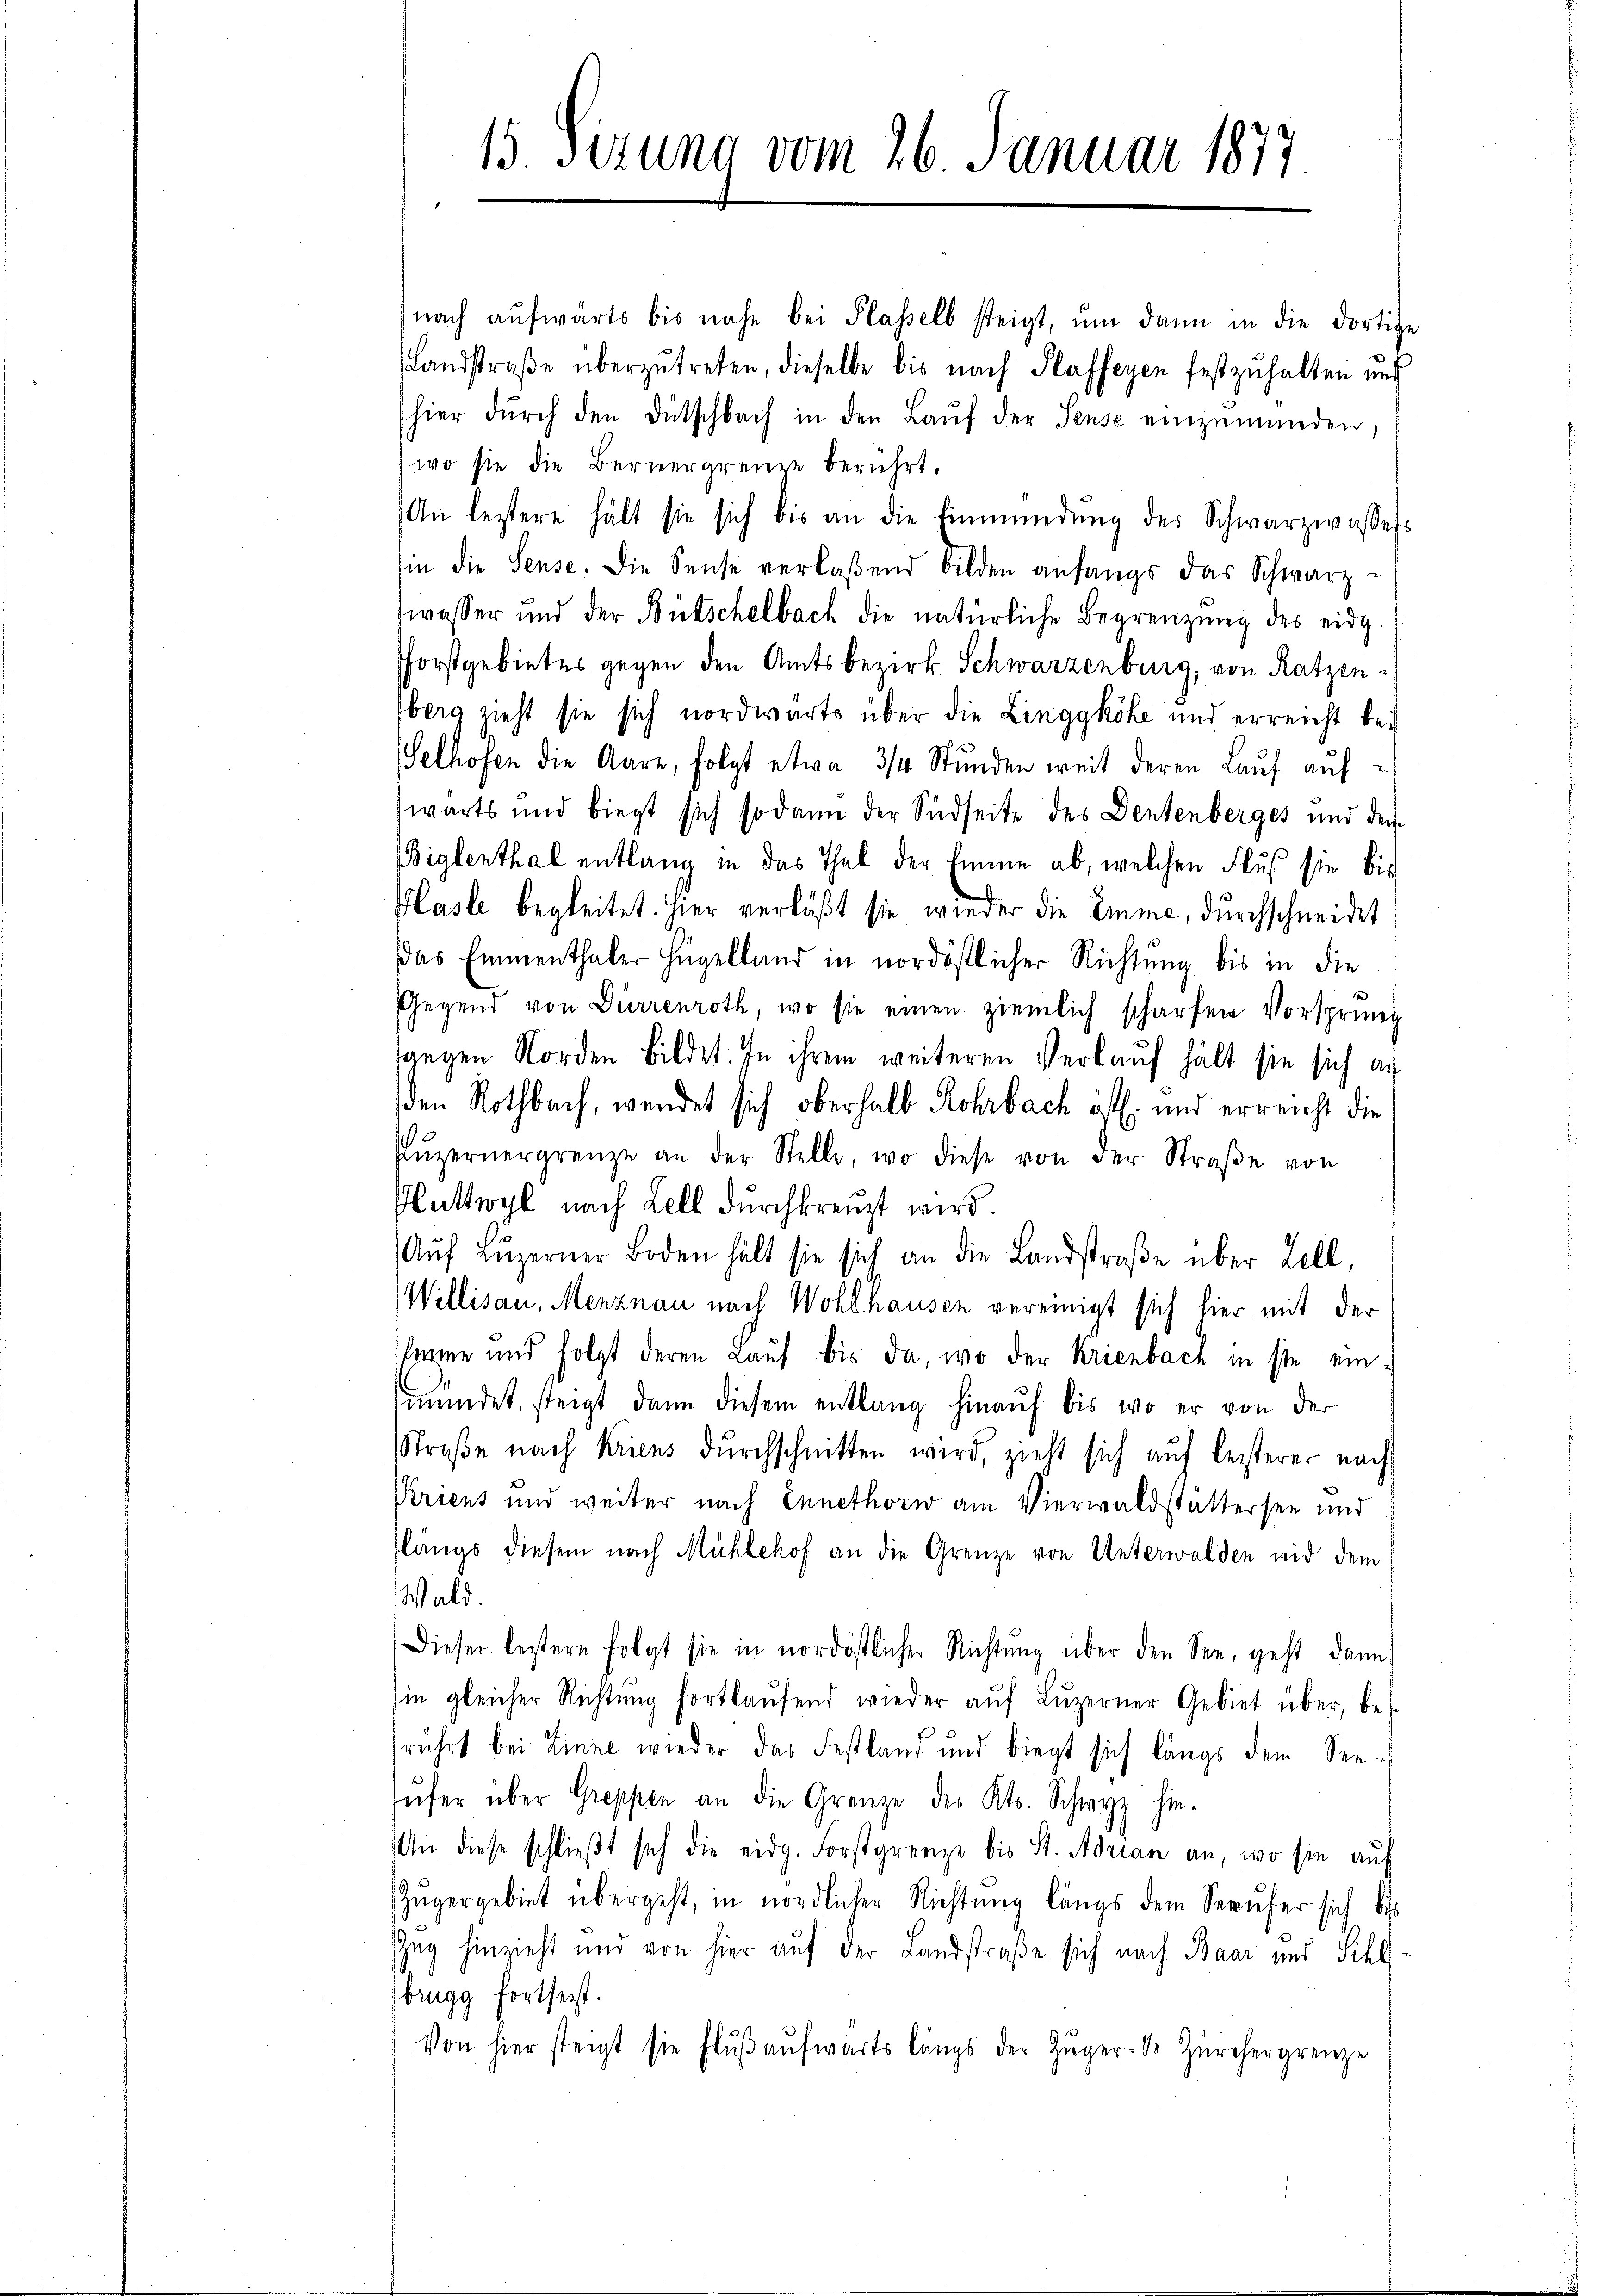
15. sezung vom 26. Januar 1877

nach aŭfwärts bis nahe bei Plasselb steigt, ŭm dann in die dortige
Landstraβe überzŭtreten, dieselbe bis nach Plaffeyen festzuhalten und
hier dŭrch den Dütschbach in den Lauf der Sense einzumünden,
wo sie die Bernergrenze berührt.
An leztere hält sie sich bis an die Einmündŭng des Schwarzwassers
sin die Sense. Die Sense verlaßend bilden anfangs das Schwarz-
wasser und der Bütschelbach die natürliche Begrenzung des eidg.
forstgebietes gegen den Amtsbezirk Schwarzenburg, von Ratzenberg sieht sie sich nordwärts über die Linggköhe und erreicht bei
Selhofen die Aare, folgt etwa 3/4 Stunden weit deren Lauf auf
wärts und biegt sich sodann der Südseite des Dentenberges und dem
Biglenthal entlang in das Thal der Emme ab, welchen Fluß sie bis
Hasle begleitet. Hier verläßt sie wieder die Emme, durchschneidet
das Emmenthaler Hügelland in nordöstlicher Richtung bis in die
Gegend von Dürrenroth, wo sie einen ziemlich scharfen Vorsprüng
gegen Norden bildet. In ihrem weiteren Verlauf hält sie sich au
den Rothbach, wendet sich oberhalb Rohrbach öff. und erreicht die
Lŭzernergrenze an der Stelle, wo diese von der Straβe von
Huttwyl nach Zell durchkreuzt wird.
Aŭf Luzerner Boden hält sie sich an die Landstraβe über Zell,
Willisau, Menznau nach Wohlhausen vereinigt sich hier mit der
shemme und folgt deren Lauf bis da, wo der Krienbach in ste einmündet, steigt dann diesem entlang hinauf bis wo er von der
Straβe nach Kriens dŭrchschnitten wird, zieht sich auf leisterer nach
Kriens und weiter nach Ennethorw am Vierwaldstattersee und
flängs diesem nach Mühlehof an die Grenze von Unterwalden nid dem
Wald.
Dieser bestern folgt sie in nordöstlicher Richtŭng über den See, geht dann
in gleicher Richtŭng fortlaŭfend wieder aŭf Lŭzerner Gebiet über, be-
rührt bei Zinne wieder das Festland und biegt sich längs dem See-
ŭfer über Greppen an die Grenze des Kts. Schwyz hie-
An diese schlieβt sich die eidg. Forstgrenze bis St. Adrian an, wo sie auf
Zŭgergebiet übergeht, in nördlicher Richtung längs dem Seeŭfer sich bis
Zug hinzieht und von hier auf der Landstraße sich nach Baar und Schl
brugg fortseit.
Von hier steigt sie flŭβ aŭfwärts längs der Zŭger. Dr Zürchergrenze